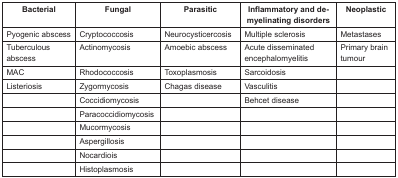
<table><thead><tr><td><b>Bacterial</b></td><td><b>Fungal</b></td><td><b>Parasitic</b></td><td><b>Inflammatory and demyelinating disorders</b></td><td><b>Neoplastic</b></td></tr></thead><tbody><tr><td>Pyogenic abscess</td><td>Cryptococcosis</td><td>Neurocysticercosis</td><td>Multiple sclerosis</td><td>Metastases</td></tr><tr><td>Tuberculous abscess</td><td>Actinomycosis</td><td>Amoebic abscess</td><td>Acute disseminated encephalomyelitis</td><td>Primary brain tumour</td></tr><tr><td>MAC</td><td>Rhodococcosis</td><td>Toxoplasmosis</td><td>Sarcoidosis</td><td></td></tr><tr><td>Listeriosis</td><td>Zygormycosis</td><td>Chagas disease</td><td>Vasculitis</td><td></td></tr><tr><td></td><td>Coccidiomycosis</td><td></td><td>Behcet disease</td><td></td></tr><tr><td></td><td>Paracoccidiomycosis</td><td></td><td></td><td></td></tr><tr><td></td><td>Mucormycosis</td><td></td><td></td><td></td></tr><tr><td></td><td>Aspergillosis</td><td></td><td></td><td></td></tr><tr><td></td><td>Nocardiois</td><td></td><td></td><td></td></tr><tr><td></td><td>Histoplasmosis</td><td></td><td></td><td></td></tr></tbody></table>